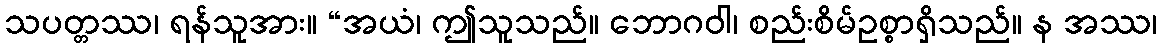
သပတ္တဿ၊ ရန်သူအား။ “အယံ၊ ဤသူသည်။ ဘောဂဝါ၊ စည်းစိမ်ဥစ္စာရှိသည်။ န အဿ၊